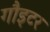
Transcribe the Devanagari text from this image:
गौइटर